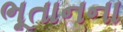
ભૂતાનના